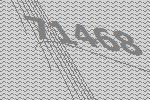
71468